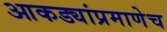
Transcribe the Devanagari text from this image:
आकड्यांप्रमाणेच